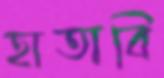
হাতাবি